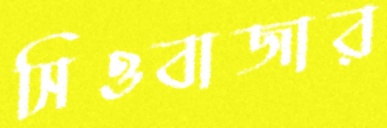
সিওবাজার